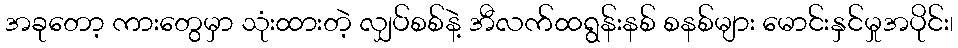
အခုတော့ ကားတွေမှာ သုံးထားတဲ့ လျှပ်စစ်နဲ့ အီလက်ထရွန်းနစ် စနစ်များ မောင်းနှင်မှုအပိုင်း၊